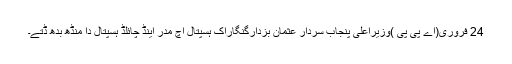
24 فروری(اے پی پی )وزیراعلیٰ پنجاب سردار عثمان بزدارگنگاراک ہسپتال اچ مدر اینڈ چائلڈ ہسپتال دا منڈھ بدھ ڈتے۔